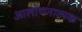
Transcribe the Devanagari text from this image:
आलोचनात्‍मक